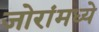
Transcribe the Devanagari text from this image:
जोरांमध्ये